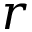
r